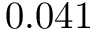
0 . 0 4 1